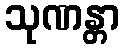
သုဏန္တာ